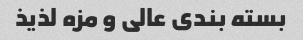
بسته بندى عالى و مزه لذیذ